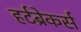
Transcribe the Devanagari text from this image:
हर्टब्रेकर्स